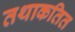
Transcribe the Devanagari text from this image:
तथाकतित